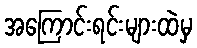
အကြောင်းရင်းများထဲမှ